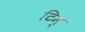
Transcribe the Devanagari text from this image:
टिम्